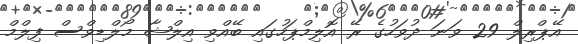
އޭޕްރިލް 29 ވަނަ ދުވަހުގެ ރޭ އޮލިމްޕަހުގައި ބޭއްވި އިލްޝާ މޯލްޑިވްސް ފިލްމް